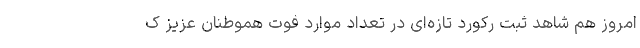
امروز هم شاهد ثبت رکورد تازه‌ای در تعداد موارد فوت هموطنان عزیز ک